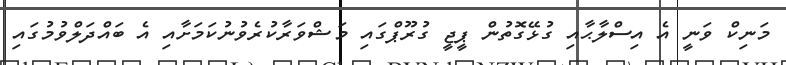
މަނިކް ވަނީ އެ އިސްލާޙާއި ގުޅޭގޮތުން ޕީޖީ ގުރޫޕްގައި މަޝްވަރާކުރެވުނުކަމަށާއި އެ ބައްދަލްވުމުގައި